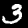
Digit: 3